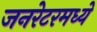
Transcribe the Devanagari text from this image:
जनरेटरमध्ये